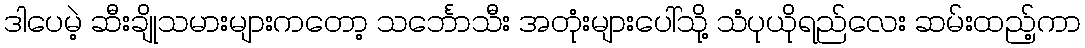
ဒါပေမဲ့ ဆီးချိုသမားများကတော့ သင်္ဘောသီး အတုံးများပေါ်သို့ သံပုယိုရည်လေး ဆမ်းထည့်ကာ